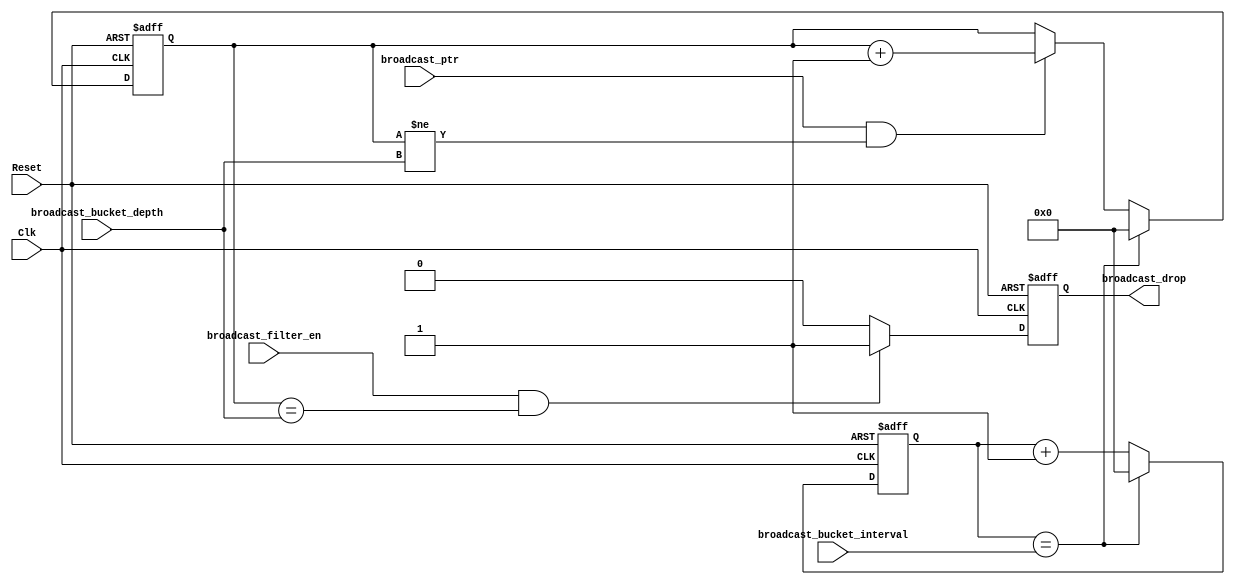
//////////////////////////////////////////////////////////////////////
////                                                              ////
////  Broadcast_filter.v                                          ////
////                                                              ////
////  This file is part of the Ethernet IP core project           ////
////  http://www.opencores.org/projects.cgi/web/ethernet_tri_mode/////
////                                                              ////
////  Author(s):                                                  ////
////      - Jon Gao (gaojon@yahoo.com)                            ////
////                                                              ////
////                                                              ////
//////////////////////////////////////////////////////////////////////
////                                                              ////
//// Copyright (C) 2001 Authors                                   ////
////                                                              ////
//// This source file may be used and distributed without         ////
//// restriction provided that this copyright statement is not    ////
//// removed from the file and that any derivative work contains  ////
//// the original copyright notice and the associated disclaimer. ////
////                                                              ////
//// This source file is free software; you can redistribute it   ////
//// and/or modify it under the terms of the GNU Lesser General   ////
//// Public License as published by the Free Software Foundation; ////
//// either version 2.1 of the License, or (at your option) any   ////
//// later version.                                               ////
////                                                              ////
//// This source is distributed in the hope that it will be       ////
//// useful, but WITHOUT ANY WARRANTY; without even the implied   ////
//// warranty of MERCHANTABILITY or FITNESS FOR A PARTICULAR      ////
//// PURPOSE.  See the GNU Lesser General Public License for more ////
//// details.                                                     ////
////                                                              ////
//// You should have received a copy of the GNU Lesser General    ////
//// Public License along with this source; if not, download it   ////
//// from http://www.opencores.org/lgpl.shtml                     ////
////                                                              ////
//////////////////////////////////////////////////////////////////////
//                                                                    
// CVS Revision History                                               
//                                                                    
// $Log: not supported by cvs2svn $
// Revision 1.2  2005/12/16 06:44:16  Administrator
// replaced tab with space.
// passed 9.6k length frame test.
//
// Revision 1.1.1.1  2005/12/13 01:51:45  Administrator
// no message
//    

module Broadcast_filter (    
Reset                   ,
Clk                     ,
//MAC_rx_ctrl           ,
broadcast_ptr           ,
broadcast_drop          ,
//FromCPU               ,
broadcast_filter_en     ,
broadcast_bucket_depth    ,
broadcast_bucket_interval 
);
input           Reset                       ;
input           Clk                         ;
                //MAC_rx_ctrl               
input           broadcast_ptr               ;
output          broadcast_drop              ;
                //FromCPU                   ;
input           broadcast_filter_en         ;
input   [15:0]  broadcast_bucket_depth      ;
input   [15:0]  broadcast_bucket_interval   ;

//******************************************************************************  
//internal signals                                                                
//******************************************************************************  
reg     [15:0]  time_counter            ;
reg     [15:0]  broadcast_counter        ;
reg             broadcast_drop          ;
//******************************************************************************  
//                                                               
//****************************************************************************** 
always @ (posedge Clk or posedge Reset)
    if (Reset)
        time_counter    <=0;
    else if (time_counter==broadcast_bucket_interval)
        time_counter    <=0;
    else
        time_counter    <=time_counter+1;

always @ (posedge Clk or posedge Reset)
    if (Reset)
        broadcast_counter   <=0;
    else if (time_counter==broadcast_bucket_interval)
        broadcast_counter   <=0;
    else if (broadcast_ptr&&broadcast_counter!=broadcast_bucket_depth)
        broadcast_counter   <=broadcast_counter+1;
                
always @ (posedge Clk or posedge Reset)
    if (Reset)
        broadcast_drop      <=0;
    else if(broadcast_filter_en&&broadcast_counter==broadcast_bucket_depth)
        broadcast_drop      <=1;
    else
        broadcast_drop      <=0;

endmodule